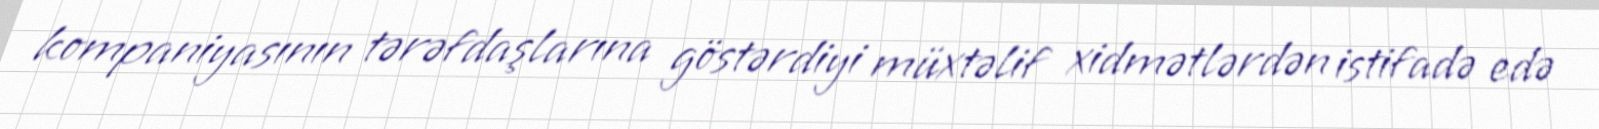
kompaniyasının tərəfdaşlarına göstərdiyi müxtəlif xidmətlərdən istifadə edə